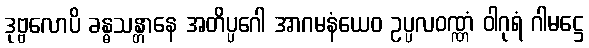
ဒုဗ္ဗလောပိ ခန္ဓသန္တာနေ အတိပ္ပဂေါ အာဂမနံယေဝ ဥပ္ပလဝဏ္ဏံ ဝါဂုရံ ဂါမဋ္ဌေ